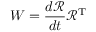
W = { \frac { d { \mathcal { R } } } { d t } } { \mathcal { R } } ^ { \mathrm { T } }